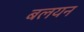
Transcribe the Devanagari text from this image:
बलयन